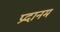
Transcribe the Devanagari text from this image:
प्रदानम